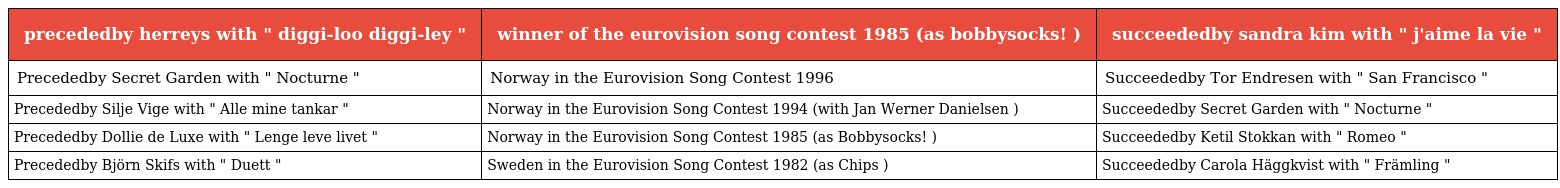
| precededby herreys with " diggi-loo diggi-ley " | winner of the eurovision song contest 1985 (as bobbysocks! ) | succeededby sandra kim with " j'aime la vie " |
 | --- | --- | --- |
 | Precededby Secret Garden with " Nocturne " | Norway in the Eurovision Song Contest 1996 | Succeededby Tor Endresen with " San Francisco " |
 | Precededby Silje Vige with " Alle mine tankar " | Norway in the Eurovision Song Contest 1994 (with Jan Werner Danielsen ) | Succeededby Secret Garden with " Nocturne " |
 | Precededby Dollie de Luxe with " Lenge leve livet " | Norway in the Eurovision Song Contest 1985 (as Bobbysocks! ) | Succeededby Ketil Stokkan with " Romeo " |
 | Precededby Björn Skifs with " Duett " | Sweden in the Eurovision Song Contest 1982 (as Chips ) | Succeededby Carola Häggkvist with " Främling " |